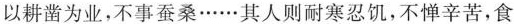
以耕凿为业，不事蚕桑……其人则耐寒忍饥，不惮辛苦，食